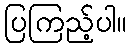
ပြကြည့်ပါ။